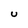
Character: U